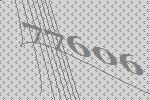
77606